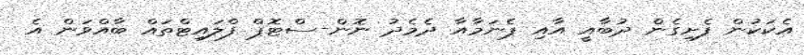
އެކަކުން ފެށިގެން ދުބާއީ އާއި ޕެނަމާއާ ދެމެދު ނޮން-ސްޓޮޕް ފްލައިޓްތައް ބާއްވަން އެ